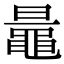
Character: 鼂